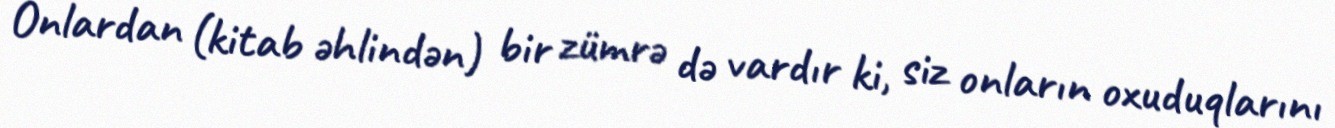
Onlardan (kitab əhlindən) bir zümrə də vardır ki, siz onların oxuduqlarını